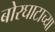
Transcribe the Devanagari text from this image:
बोरघाटाच्या